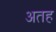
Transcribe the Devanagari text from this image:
अतह